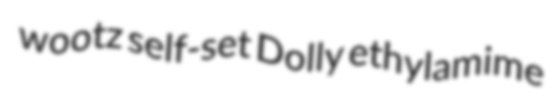
wootz self-set Dolly ethylamime